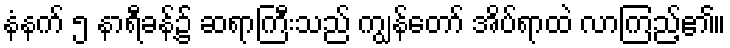
နံနက် ၅ နာရီခန့်၌ ဆရာကြီးသည် ကျွန်တော် အိပ်ရာထဲ လာကြည့်၏။